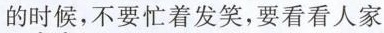
的时候，不要忙着发笑，要看看人家